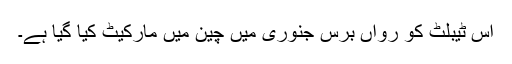
اِس ٹیبلٹ کو رواں برس جنوری میں چین میں مارکیٹ کیا گیا ہے۔